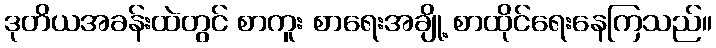
ဒုတိယအခန်းထဲတွင် စာကူး စာရေးအချို့ စာထိုင်ရေးနေကြသည်။